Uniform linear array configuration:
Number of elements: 4
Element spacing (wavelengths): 1
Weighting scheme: exponential
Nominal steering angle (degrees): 0
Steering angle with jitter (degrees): -1.273
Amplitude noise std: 0.05
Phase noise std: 0.05

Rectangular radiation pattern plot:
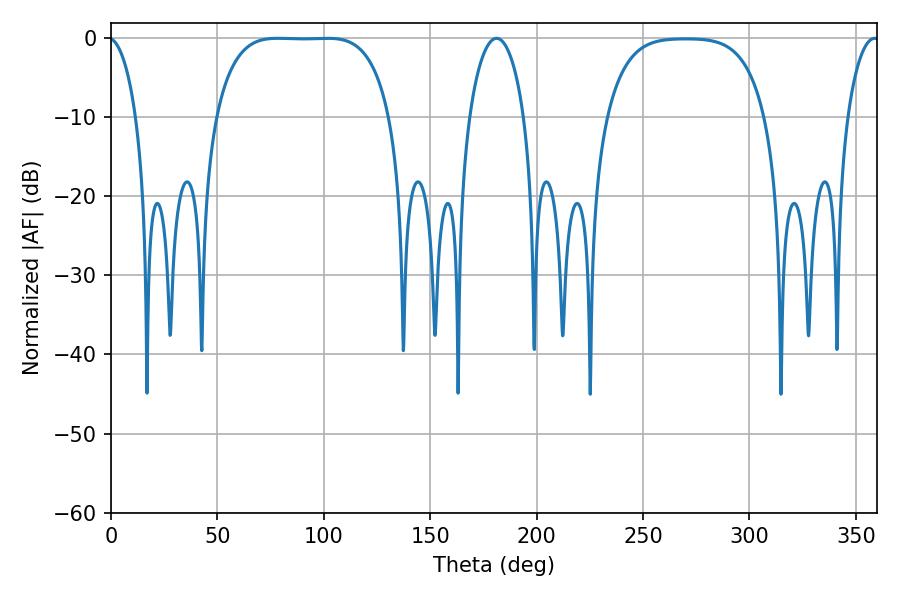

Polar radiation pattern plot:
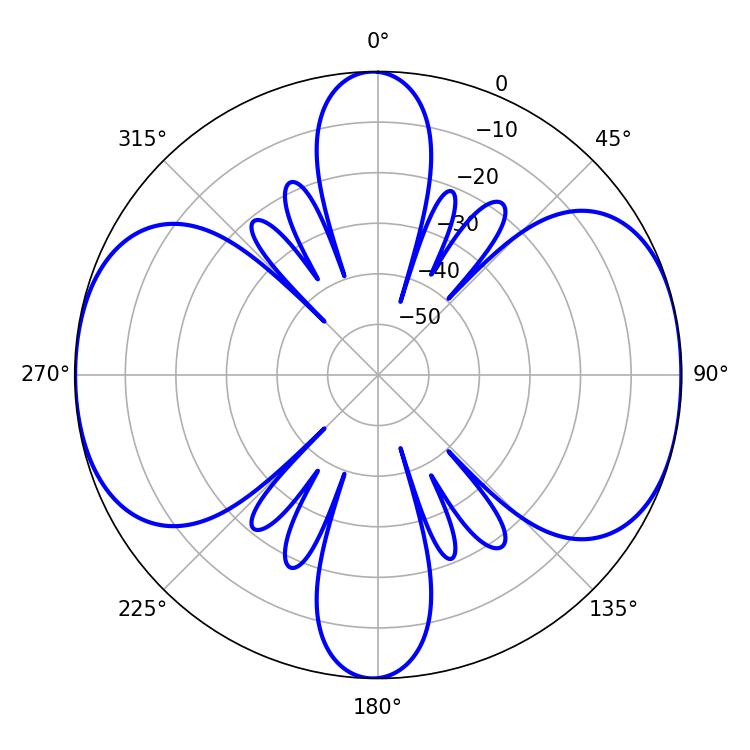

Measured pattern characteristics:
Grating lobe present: TRUE
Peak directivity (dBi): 11.22
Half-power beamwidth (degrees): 63.36
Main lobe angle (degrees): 78.3